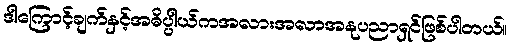
ဒါကြောင့်ချက်နှင့်အဓိပ္ပါယ်ကအလားအလာအနုပညာရှင်ဖြစ်ပါတယ်။